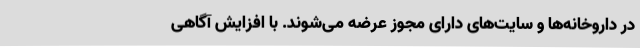
در داروخانه‌ها و سایت‌های دارای مجوز عرضه می‌شوند. با افزایش آگاهی